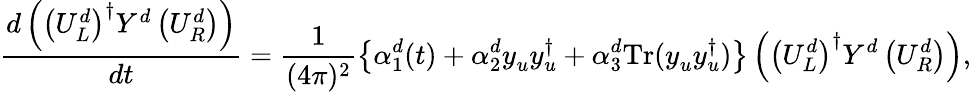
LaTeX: \frac{d\left(\left(U_{L}^{d}\right)^{\dagger}Y^{d}\left(U_{R}^{d}\right)\right)}{dt}=\frac{1}{(4\pi)^{2}}\left\{ \alpha_{1}^{d}(t)+\alpha_{2}^{d}y_{u}^{\phantom{\dagger}}y_{u}^{\dagger}+\alpha_{3}^{d}\mathrm{Tr}(y_{u}^{\phantom{\dagger}}y_{u}^{\dagger})\right\} \left(\left(U_{L}^{d}\right)^{\dagger}Y^{d}\left(U_{R}^{d}\right)\right),